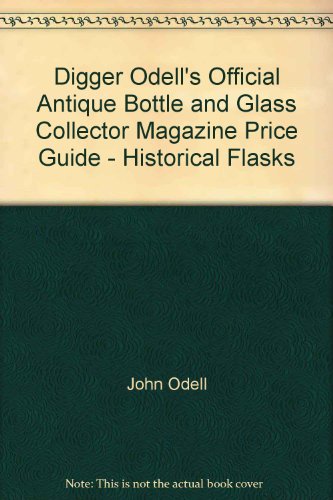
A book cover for Digger Odell's Official Antique Bottle and Glass Collector Magazine Price Guide - Historical Flasks; John Odell; Crafts, Hobbies & Home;